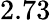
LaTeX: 2.73